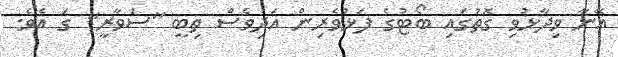
އޭނާ ވިދާޅުވި ގޮތުގައި ބޯޓުގެ ފަޅުވެރިން އަދިވެސް ތިބީ "ސަވާރީ" ގަ އެވެ.